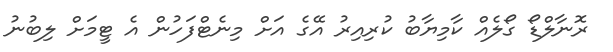
ރޮނާލްޑޯ ގޯލެއް ކާމިޔާބު ކުރިއިރު އޭގެ އަށް މިނެޓްފަހުން އެ ޓީމަށް ލިބުނު